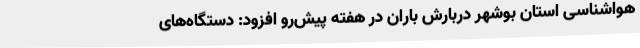
هواشناسی استان بوشهر دربارش باران در هفته پیش‌رو افزود: دستگاه‌های